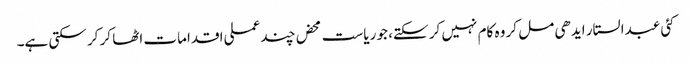
کئی عبدالستار ایدھی مل کر وہ کام نہیں کر سکتے، جو ریاست محض چند عملی اقدامات اٹھا کر کر سکتی ہے۔